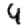
Digit: 4